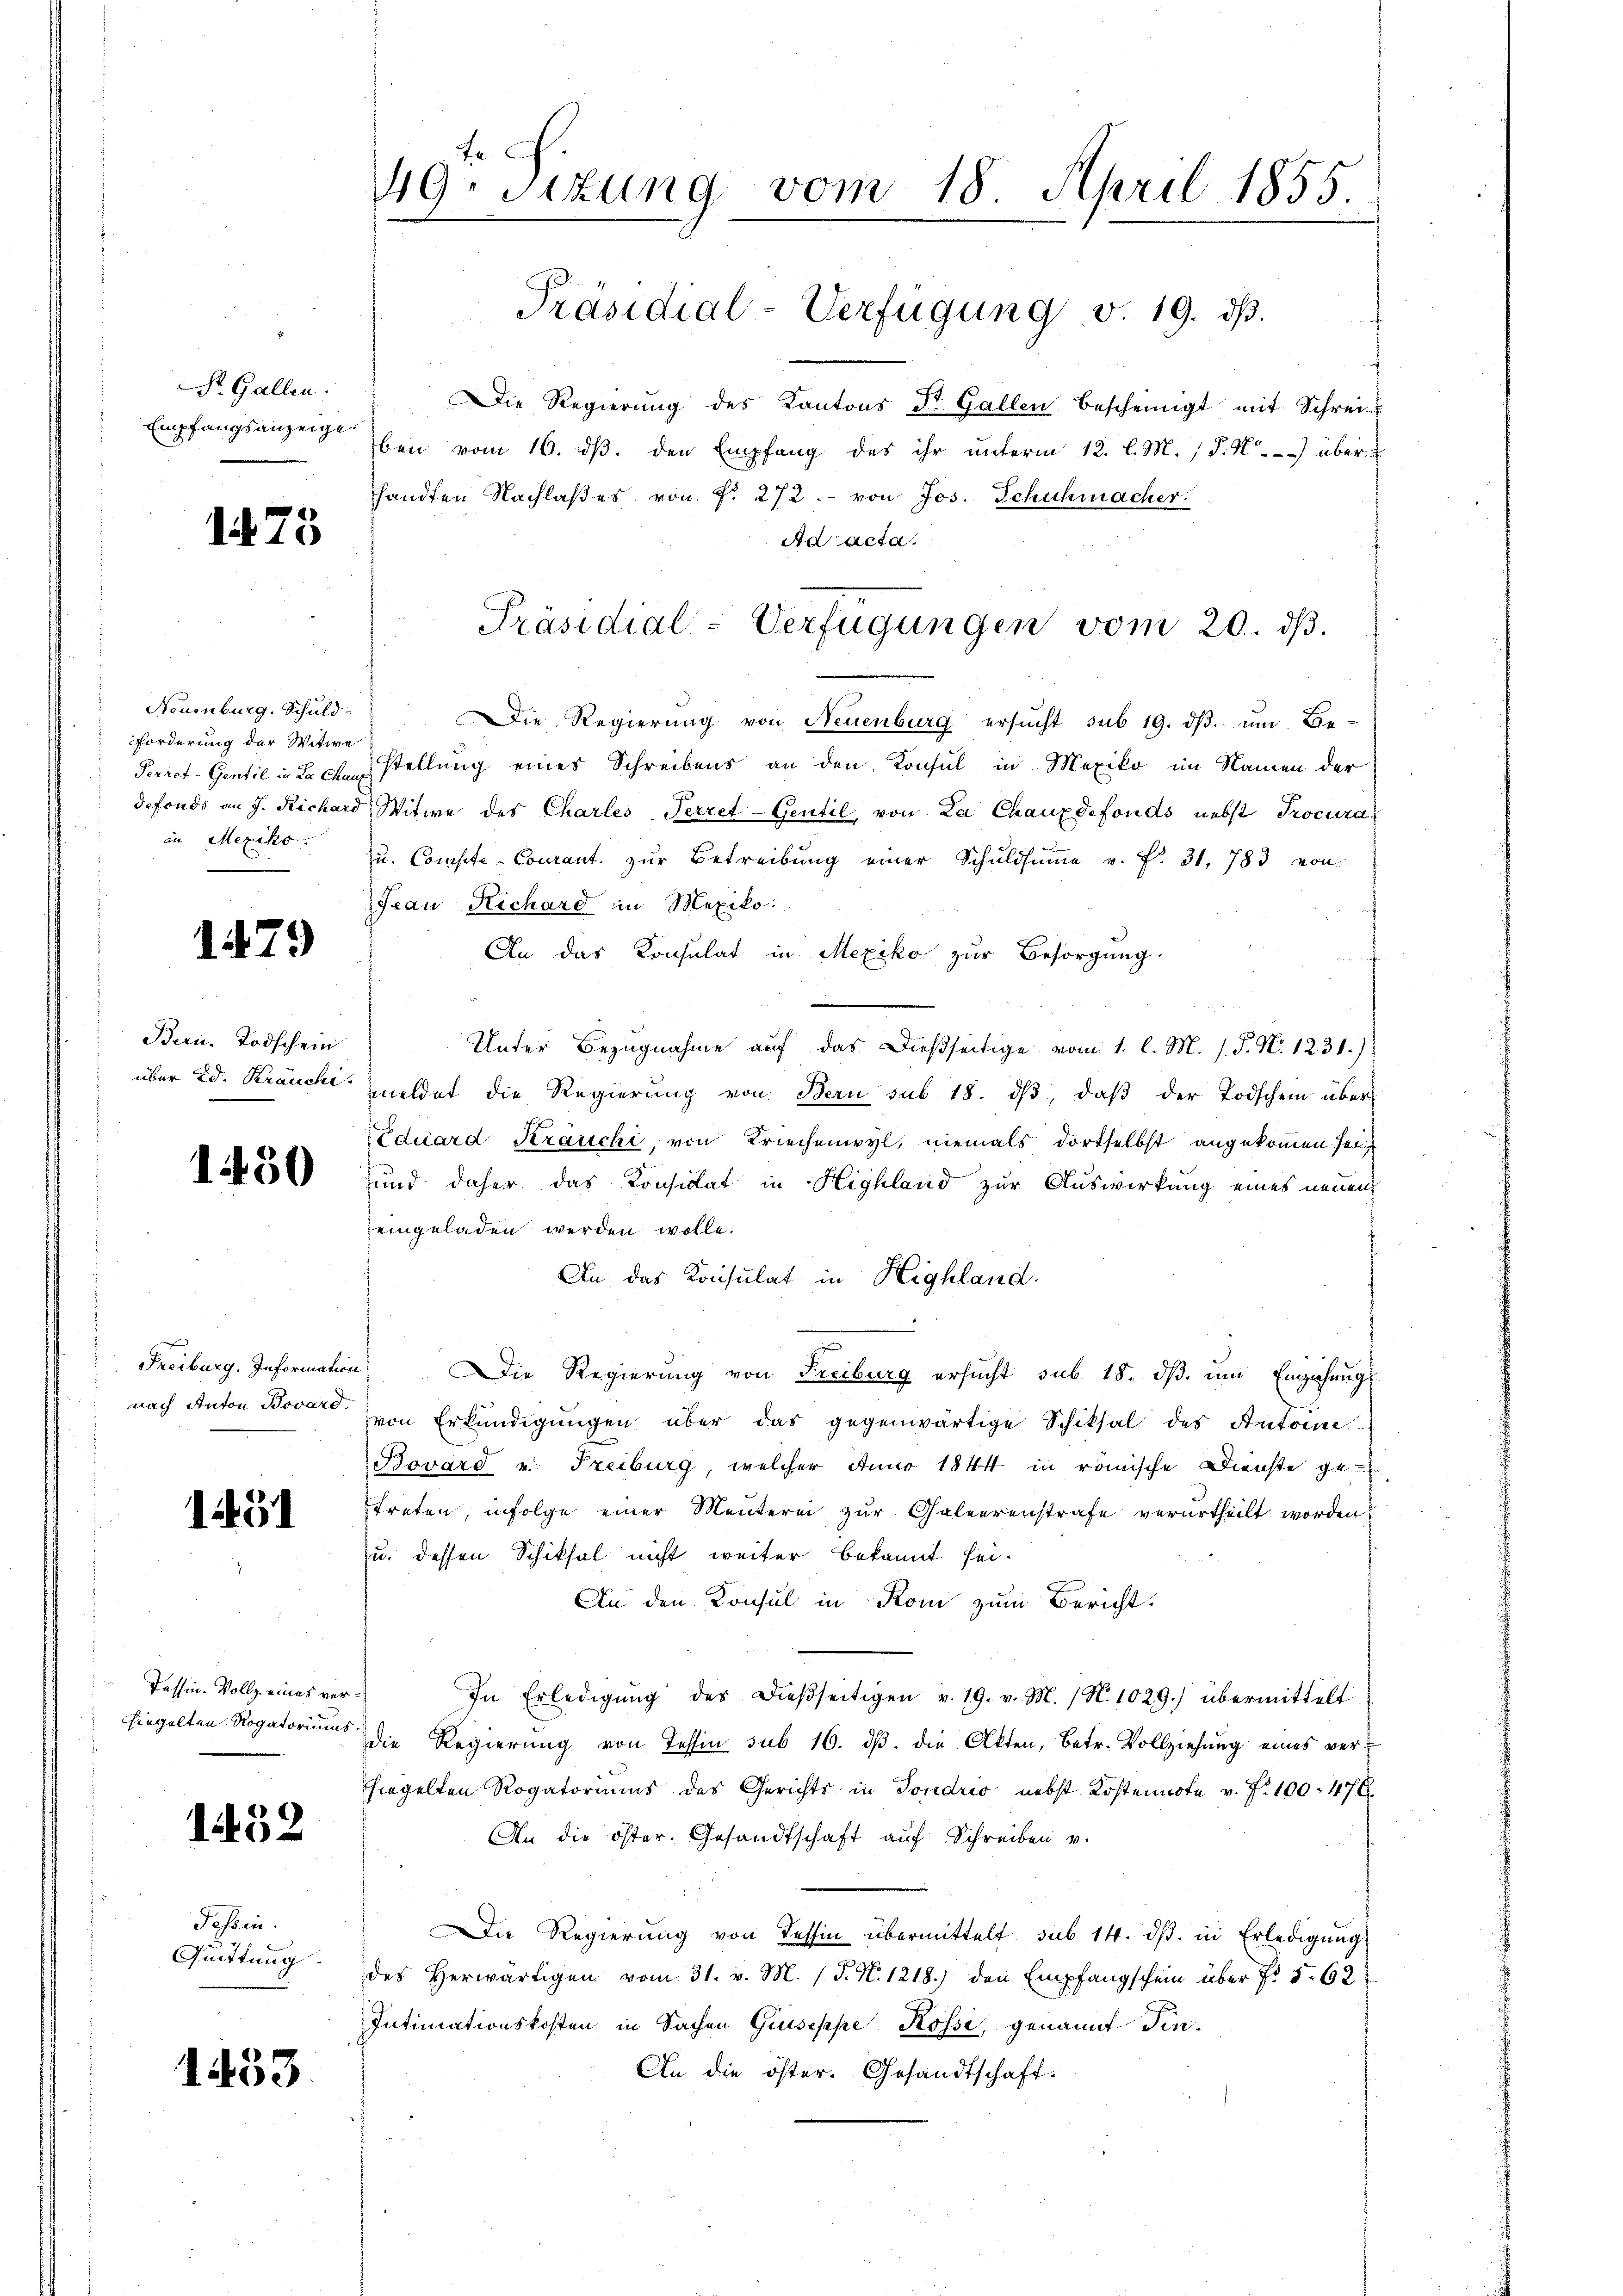
Str. Gallen.
Empfangsanzeige.

1475

Neuenburg, Schuld-
Forderung der Witwe
Perret-Gentil in La Chaux
defonds an J. Richard
an Mexiko

1479

Bern. Todschein
über Ed. Kräuchi.

1450

Freiburg. Information
nach Anton Bovard.

1491

Tessin. Vollz eines verhiegelten Rogatoriums.

1452

Possen.
Quittung

1453

49. Sizung vom 18. April 1855.
Präsidial-Verfügung v. 19. ds.

Die Regierŭng des Kantons Dr. Gallen bescheinigt mit Schrei-
ben vom 16. ds. den Empfang des ihr unterm 12. l. M., d. M. über
handten Nachlaßes von f. 272. von Jos. Schuhmacher.
Ad acta.
Die Regierung von Neuenburg ersucht sub 19. dβ. um Be-
stellung eines Schreibens an den Konsul in Mexiko im Namen der
Witwe des Charles Terzet-Gentil, von La Chauxdefonds nebst Procura
zŭ. Compte-Courant. zŭr Betreibŭng einer Schŭldsŭṁe v. P. 31, 783 von
Jean Richard in Mexiko.
An das Konsulat in Mexiko zur Besorgung.
Unter Bezugnahme auf das dießseitige vom 1. l. M. s. S. N. 1231.)
meldet die Regierŭng von Bern sub 18. dβ, daβ der Todschein über¬
Eduard Krauche, von Kriechenwyl, niemals dortselbst angekommen sei
und daher das Considat in Highland zur Auswirkung eines neuen
eingeladen werden wolle.
An das Konsulat in Highland.
 Die Regierung von Freiburg ersŭcht sub. 18. dβ. ŭm Einziehungs
von Erkundigŭngen über das gegenwärtige Schiksal des Antoine
Bovard u. Freiburg, welcher Anno 1844 in römische Dienste ge
treten, infolge einer Menterei zur Galeerenstrafe verurtheilt worden?
u. dessen Schiksal nicht weiter bekannt sei¬
An den Konsul in Rom zum Bericht.
In Erledigŭng des dießseitigen v. 19. v. M. (N. 1029.) übermittelt.
die Regierŭng von Tessin sub 16. dβ. die Akten, betr. Vollziehŭng eines ver-
fiegelten Rogatoriums des Gerichts in Fondo nebst Kostennote v. J. 100. 47 x
An die öster. Gesandtschaft auf Schreiben v.
ie Regierŭng von Tessin übermittelt sub 14. dβ. in Erledigŭng
des herwärtigen vom 31. v. M. (T. N. 1218.) den Empfangschein über No 5. 62:
Intimationskosten in Sachen Giuseppe Kossi, genannt Pen¬
An die öster. Gesandtschaft.

Präsidial-Verfügungen vom 20. dβ.